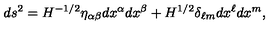
d s ^ { 2 } = H ^ { - 1 / 2 } \eta _ { \alpha \beta } d x ^ { \alpha } d x ^ { \beta } + H ^ { 1 / 2 } \delta _ { \ell m } d x ^ { \ell } d x ^ { m } ,